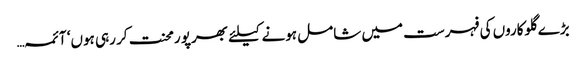
بڑے گلوکاروں کی فہرست میں شامل ہونے کیلئے بھرپو رمحنت کر رہی ہوں‘ آئمہ…